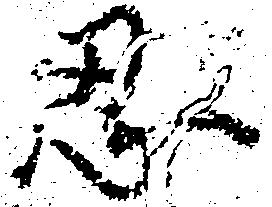
忍